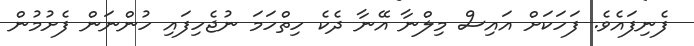
ފެނިފައެވެ. ފަހަކަށް އައިސް މިލްނާ އޭނާ ދެކެ ހިތްހަމަ ނުޖެހިފައި ހުންނަން ފެށުމުން